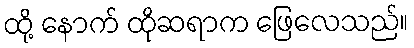
ထို့ နောက် ထိုဆရာက ဖြေလေသည်။